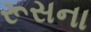
રૂસના